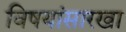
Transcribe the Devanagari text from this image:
विषयांसारखा